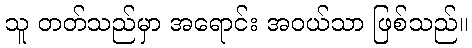
သူ တတ်သည်မှာ အရောင်း အဝယ်သာ ဖြစ်သည်။